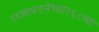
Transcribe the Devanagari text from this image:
राज्यघटनेच्या१६८व्या